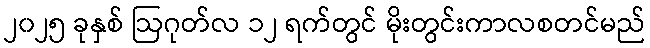
၂၀၂၅ ခုနှစ် ဩဂုတ်လ ၁၂ ရက်တွင် မိုးတွင်းကာလစတင်မည်